Subject: physics
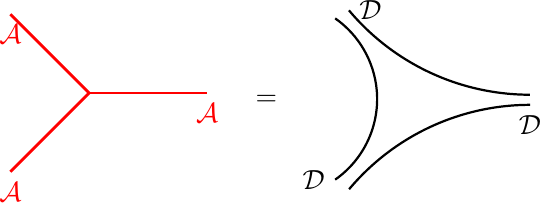
LaTeX code:
   \begin{tikzpicture}[scale=0.5]
		\draw[line width=1,red] (0,0)node[below, color=red] {$\mathcal{A}$}--(2,2)--(0,4)node[below, color=red] {$\mathcal{A}$} ;
		\draw[line width=1,red] (2,2)--(5,2)node[below, color=red] {$\mathcal{A}$};
	 	\node[below, color=black] at (6.5,2.2) {$=$};

	     \begin{scope}[shift={(8.5, -0.6)}]

		 \draw[line width=0.8, color=black] (4.7, 2.3)node[below, color=black] {$\mathcal{D}$} arc (90: 140: 6);
		 \draw[line width=0.8, color=black] (0.1, 4.7) node[right, color=black] {$\mathcal{D}$}arc (220: 270: 6);
 		 \draw[line width=0.8, color=black] (-0.25, 0.4) node[left, color=black] {$\mathcal{D}$}arc (-55: 55: 2.5);
	 \end{scope}

  \end{tikzpicture}